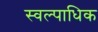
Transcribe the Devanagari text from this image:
स्वल्पाधिक